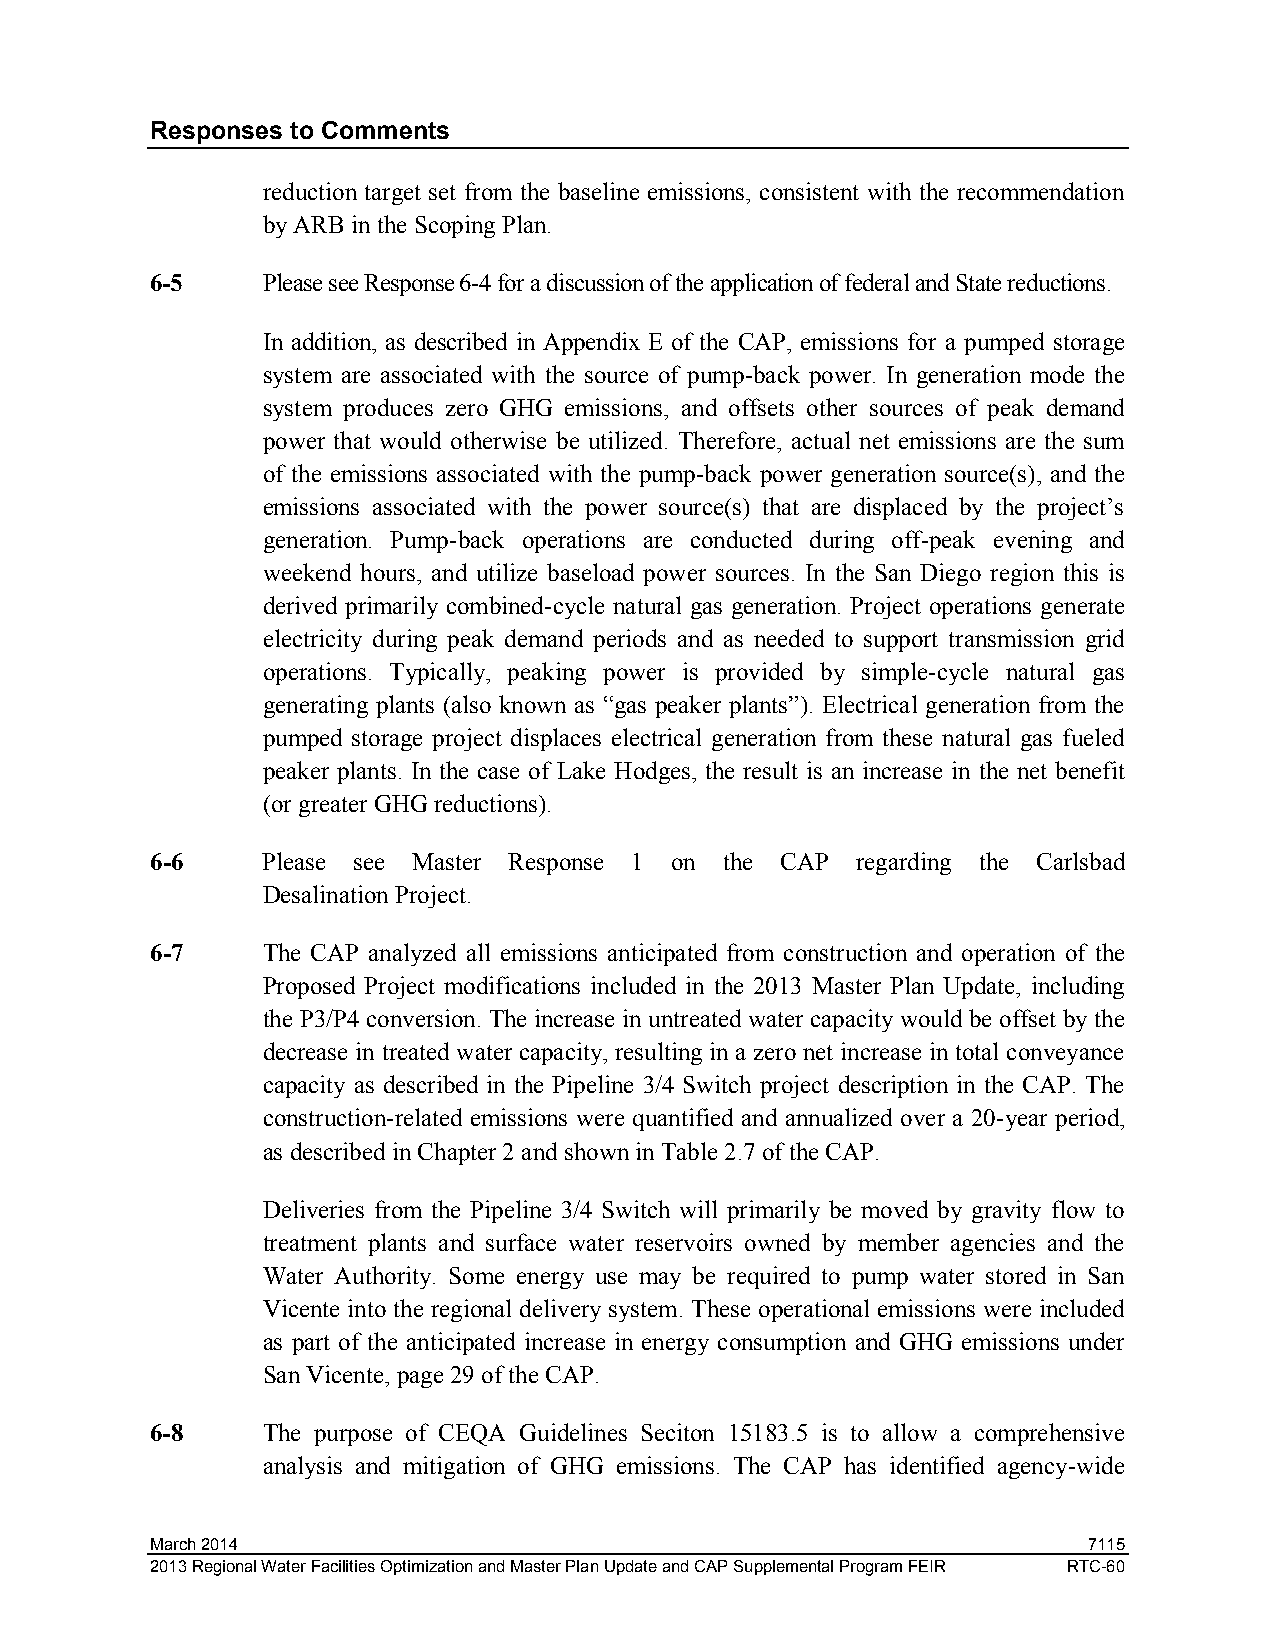
Responses to Comments
 reduction target set from the baseline emissions, consistent with the recommendation
 by ARB in the Scoping Plan.
 6-5    Please see Response 6-4 for a discussion of the application of federal and State reductions.
 In addition, as described in Appendix E of the CAP, emissions for a pumped storage
 system are associated with the source of pump-back power. In generation mode the
 system produces zero GHG emissions, and offsets other sources of peak demand
 power that would otherwise be utilized. Therefore, actual net emissions are the sum
 of the emissions associated with the pump-back power generation source(s), and the
 emissions associated with the power source(s) that are displaced by the project’s
 generation. Pump-back operations are conducted during off-peak evening and
 weekend hours, and utilize baseload power sources. In the San Diego region this is
 derived primarily combined-cycle natural gas generation. Project operations generate
 electricity during peak demand periods and as needed to support transmission grid
 operations. Typically, peaking power is provided by simple-cycle natural gas
 generating plants (also known as “gas peaker plants”). Electrical generation from the
 pumped storage project displaces electrical generation from these natural gas fueled
 peaker plants. In the case of Lake Hodges, the result is an increase in the net benefit
 (or greater GHG reductions).
 6-6    Please see Master Response 1 on the CAP regarding the Carlsbad
 Desalination Project.
 6-7    The CAP analyzed all emissions anticipated from construction and operation of the
 Proposed Project modifications included in the 2013 Master Plan Update, including
 the P3/P4 conversion. The increase in untreated water capacity would be offset by the
 decrease in treated water capacity, resulting in a zero net increase in total conveyance
 capacity as described in the Pipeline 3/4 Switch project description in the CAP. The
 construction-related emissions were quantified and annualized over a 20-year period,
 as described in Chapter 2 and shown in Table 2.7 of the CAP.
 Deliveries from the Pipeline 3/4 Switch will primarily be moved by gravity flow to
 treatment plants and surface water reservoirs owned by member agencies and the
 Water Authority. Some energy use may be required to pump water stored in San
 Vicente into the regional delivery system. These operational emissions were included
 as part of the anticipated increase in energy consumption and GHG emissions under
 San Vicente, page 29 of the CAP.
 6-8    The purpose of CEQA Guidelines Seciton 15183.5 is to allow a comprehensive
 analysis and mitigation of GHG emissions. The CAP has identified agency-wide
 March 2014                                                    7115
 2013 Regional Water Facilities Optimization and Master Plan Update and CAP Supplemental Program FEIR RTC-60